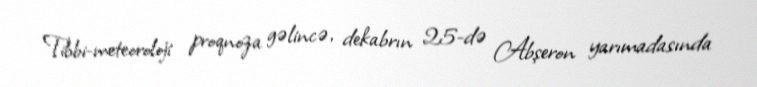
Tibbi-meteoroloji proqnoza gəlincə, dekabrın 25-də Abşeron yarımadasında